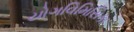
યોગવિમિસિકા